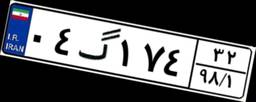
۹۶گ۴۵۵۷۶